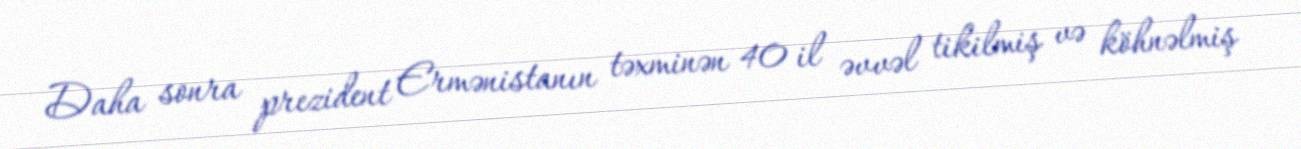
Daha sonra prezident Ermənistanın təxminən 40 il əvvəl tikilmiş və köhnəlmiş